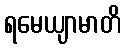
ရမေယျာမာတိ